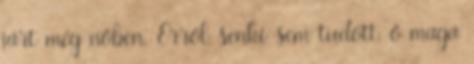
járt még nőben. Erről senki sem tudott, ő maga